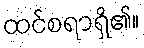
ထင်စရာရှိ၏။